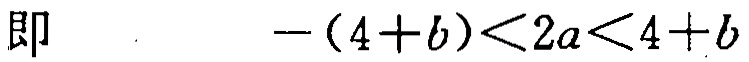
即\(-(4 + b) < 2a < 4 + b\)